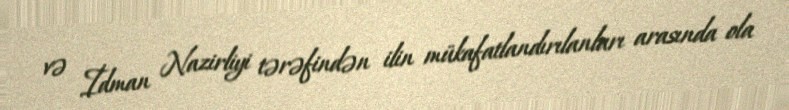
və İdman Nazirliyi tərəfindən ilin mükafatlandırılanları arasında ola